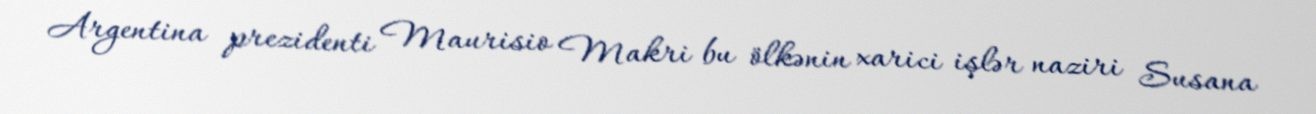
Argentina prezidenti Maurisio Makri bu ölkənin xarici işlər naziri Susana